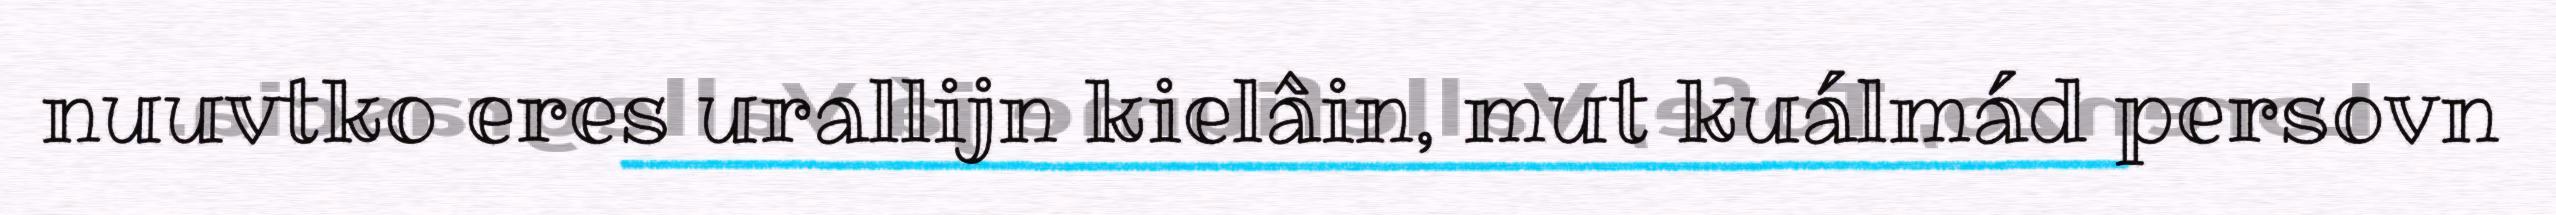
nuuvtko eres urallijn kielâin, mut kuálmád persovn